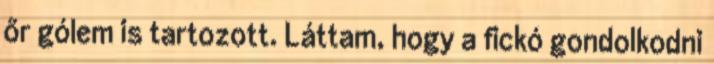
őr gólem is tartozott. Láttam, hogy a fickó gondolkodni